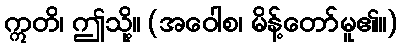
ဣတိ၊ ဤသို့။ (အဝေါစ၊ မိန့်တော်မူ၏။)